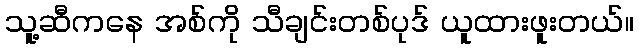
သူ့ဆီကနေ အစ်ကို သီချင်းတစ်ပုဒ် ယူထားဖူးတယ်။